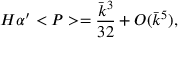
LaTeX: H \alpha ^ { \prime } < P > = \frac { \bar { k } ^ { 3 } } { 3 2 } + { \cal O } ( \bar { k } ^ { 5 } ) ,